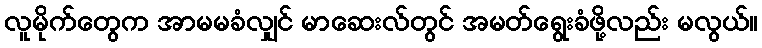
လူမိုက်တွေက အာမမခံလျှင် မာဆေးလ်တွင် အမတ်ရွေးခံဖို့လည်း မလွယ်။